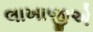
લાખાજીએ